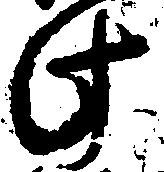
此